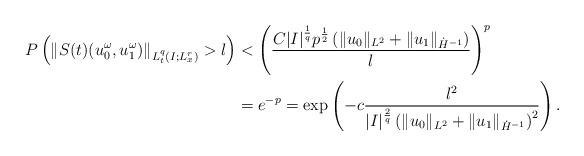
LaTeX: \begin{align*}P\left( \left\|S(t)(u_0^\omega,u_1^\omega)\right\|_{L^q_t(I; L^r_x)}>\l\right)&<\left(\frac{C|I|^{\frac 1q}p^{\frac 12}\left(\|u_0\|_{L^2}+\|u_1\|_{\dot{H}^{-1}}\right)}{\l}\right)^p\\&=e^{-p}=\exp\left(-c\frac{\l^2}{|I|^{\frac2q} \left(\|u_0\|_{L^2}+\|u_1\|_{\dot{H}^{-1}}\right)^2}\right).\end{align*}